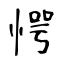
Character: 愕